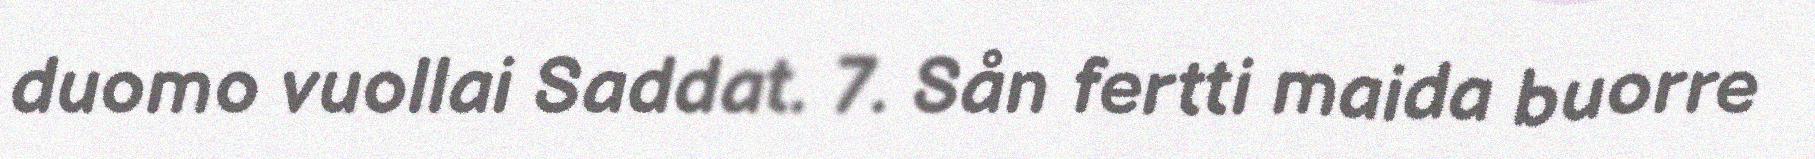
duomo vuollai Saddat. 7. Sån fertti maida buorre